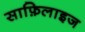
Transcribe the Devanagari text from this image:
साफ़िलाइज